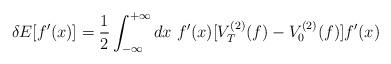
LaTeX: \begin{align*}\delta E [ f'(x) ] = {1\over 2} \int_{-\infty}^{+\infty} dx ~ f'(x) [ V_T^{(2)} (f) - V_0^{(2)} (f) ] f'(x)\end{align*}